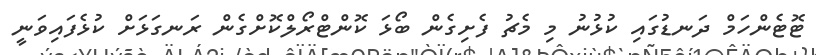
ޓޮޓެންހަމް ދަނޑުގައި ކުޅުނު މި މެޗު ފެށިގެން ބޯޅަ ކޮންޓްރޯލްކޮށްގެން ރަނގަޅަށް ކުޅެފައިވަނީ